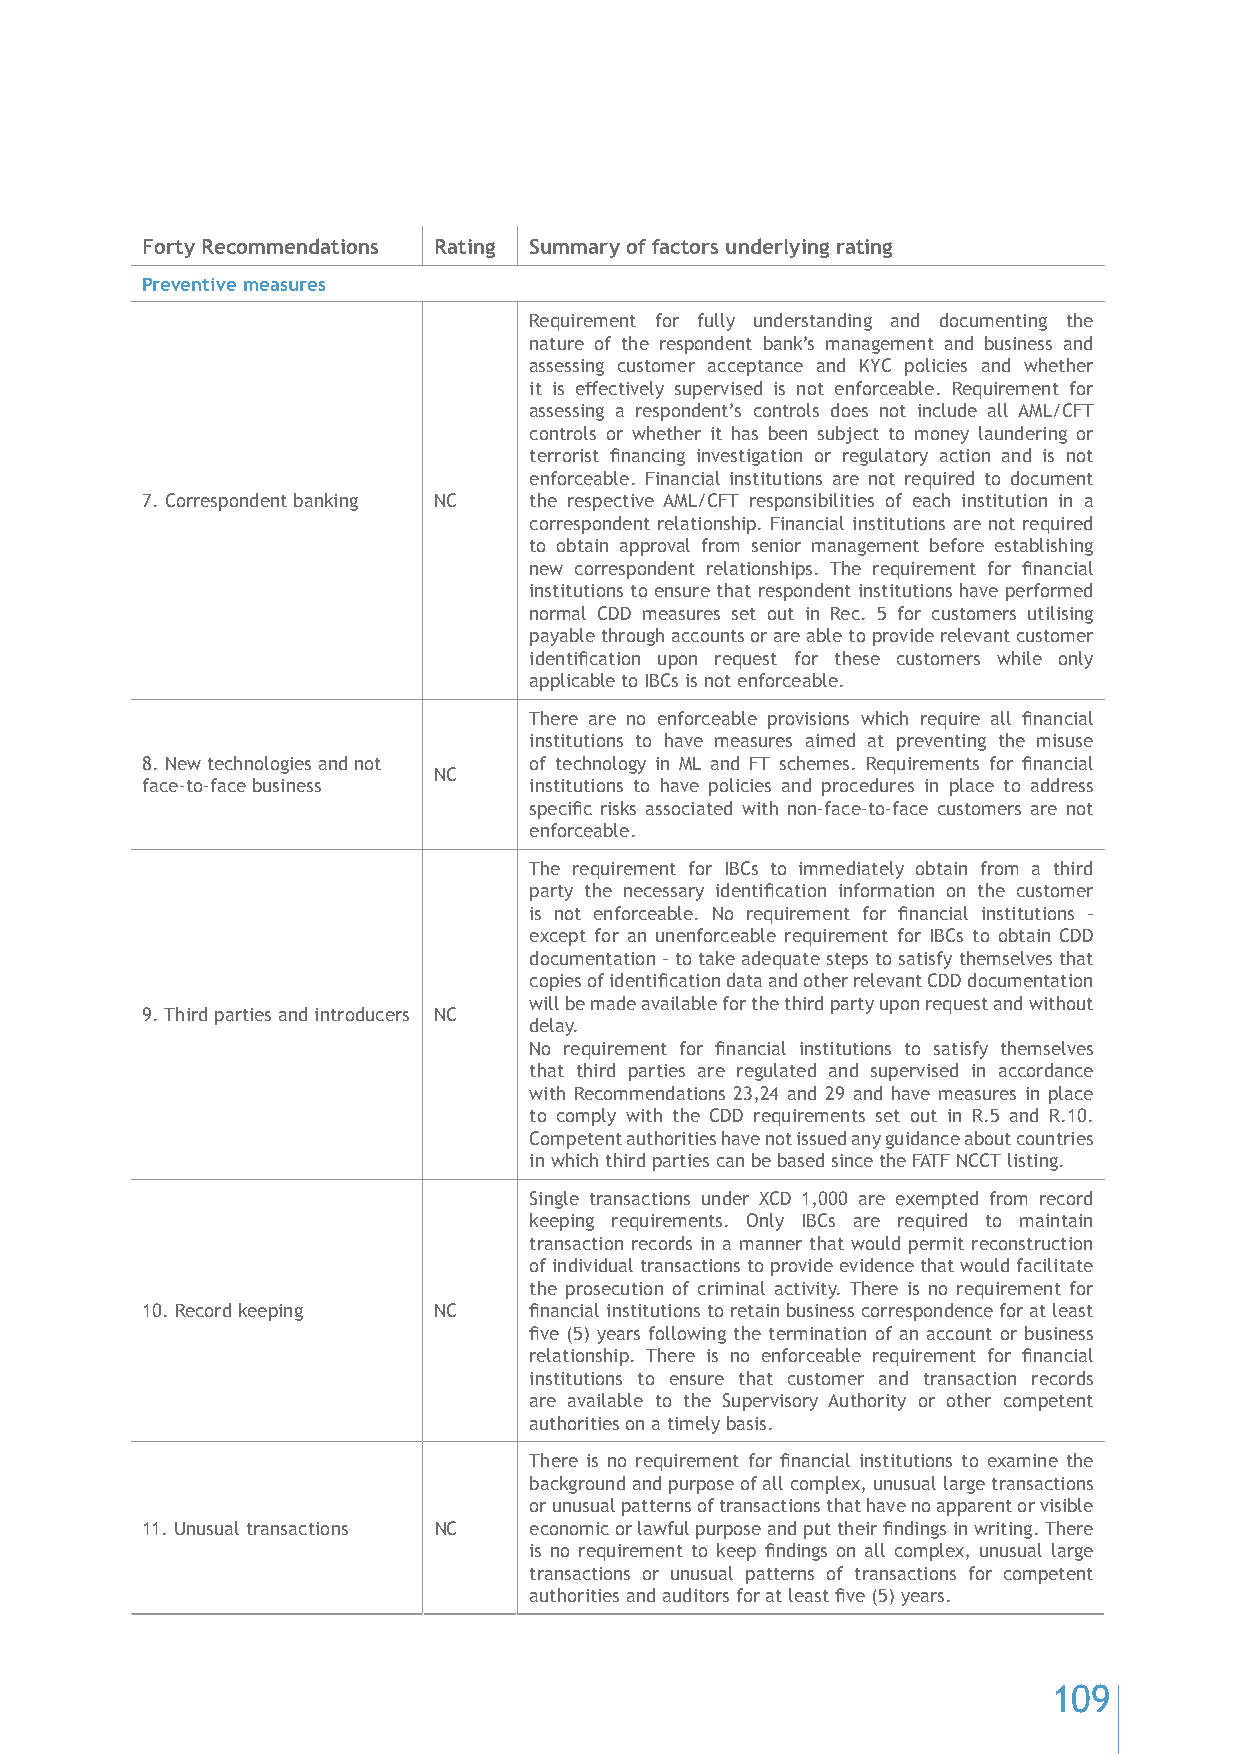
Forty Recommendations Rating Summary of factors underlying rating
 Preventive measures
 Requirement for fully understanding and documenting the
 nature of the respondent bank’s management and business and
 assessing customer acceptance and KYC policies and whether
 it is effectively supervised is not enforceable. Requirement for
 assessing a respondent’s controls does not include all AML/CFT
 controls or whether it has been subject to money laundering or
 terrorist financing investigation or regulatory action and is not
 enforceable. Financial institutions are not required to document
 7. Correspondent banking NC the respective AML/CFT responsibilities of each institution in a
 correspondent relationship. Financial institutions are not required
 to obtain approval from senior management before establishing
 new correspondent relationships. The requirement for financial
 institutions to ensure that respondent institutions have performed
 normal CDD measures set out in Rec. 5 for customers utilising
 payable through accounts or are able to provide relevant customer
 identification upon request for these customers while only
 applicable to IBCs is not enforceable.
 There are no enforceable provisions which require all financial
 institutions to have measures aimed at preventing the misuse
 8. New technologies and not of technology in ML and FT schemes. Requirements for financial
 NC
 face-to-face business     institutions to have policies and procedures in place to address
 specific risks associated with non-face-to-face customers are not
 enforceable.
 The requirement for IBCs to immediately obtain from a third
 party the necessary identification information on the customer
 is not enforceable. No requirement for financial institutions –
 except for an unenforceable requirement for IBCs to obtain CDD
 documentation – to take adequate steps to satisfy themselves that
 copies of identification data and other relevant CDD documentation
 will be made available for the third party upon request and without
 9. Third parties and introducers NC
 delay.
 No requirement for financial institutions to satisfy themselves
 that third parties are regulated and supervised in accordance
 with Recommendations 23,24 and 29 and have measures in place
 to comply with the CDD requirements set out in R.5 and R.10.
 Competent authorities have not issued any guidance about countries
 in which third parties can be based since the FATF NCCT listing.
 Single transactions under XCD 1,000 are exempted from record
 keeping requirements. Only IBCs are required to maintain
 transaction records in a manner that would permit reconstruction
 of individual transactions to provide evidence that would facilitate
 the prosecution of criminal activity. There is no requirement for
 10. Record keeping  NC    financial institutions to retain business correspondence for at least
 five (5) years following the termination of an account or business
 relationship. There is no enforceable requirement for financial
 institutions to ensure that customer and transaction records
 are available to the Supervisory Authority or other competent
 authorities on a timely basis.
 There is no requirement for financial institutions to examine the
 background and purpose of all complex, unusual large transactions
 or unusual patterns of transactions that have no apparent or visible
 11. Unusual transactions NC economic or lawful purpose and put their findings in writing. There
 is no requirement to keep findings on all complex, unusual large
 transactions or unusual patterns of transactions for competent
 authorities and auditors for at least five (5) years.
 109